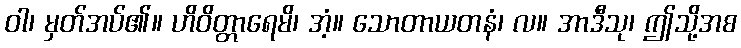
ဝါ၊ မှတ်အပ်၏။ ဟိဝိတ္တာရေမိ၊ အံ့။ သောတာယတနံ၊ လ။ အာဒီသု၊ ဤသို့အစ